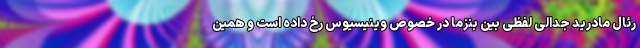
رئال مادرید جدالی لفظی بین بنزما در خصوص وینیسیوس رخ داده است و همین